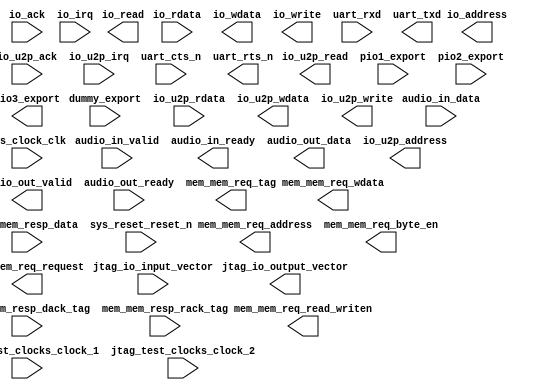
module nios_dut (
	audio_in_data,
	audio_in_valid,
	audio_in_ready,
	audio_out_data,
	audio_out_valid,
	audio_out_ready,
	dummy_export,
	io_ack,
	io_rdata,
	io_read,
	io_wdata,
	io_write,
	io_address,
	io_irq,
	io_u2p_ack,
	io_u2p_rdata,
	io_u2p_read,
	io_u2p_wdata,
	io_u2p_write,
	io_u2p_address,
	io_u2p_irq,
	jtag_io_input_vector,
	jtag_io_output_vector,
	jtag_test_clocks_clock_1,
	jtag_test_clocks_clock_2,
	mem_mem_req_address,
	mem_mem_req_byte_en,
	mem_mem_req_read_writen,
	mem_mem_req_request,
	mem_mem_req_tag,
	mem_mem_req_wdata,
	mem_mem_resp_dack_tag,
	mem_mem_resp_data,
	mem_mem_resp_rack_tag,
	pio1_export,
	pio2_export,
	pio3_export,
	sys_clock_clk,
	sys_reset_reset_n,
	uart_rxd,
	uart_txd,
	uart_cts_n,
	uart_rts_n);	

	input	[31:0]	audio_in_data;
	input		audio_in_valid;
	output		audio_in_ready;
	output	[31:0]	audio_out_data;
	output		audio_out_valid;
	input		audio_out_ready;
	input		dummy_export;
	input		io_ack;
	input	[7:0]	io_rdata;
	output		io_read;
	output	[7:0]	io_wdata;
	output		io_write;
	output	[19:0]	io_address;
	input		io_irq;
	input		io_u2p_ack;
	input	[7:0]	io_u2p_rdata;
	output		io_u2p_read;
	output	[7:0]	io_u2p_wdata;
	output		io_u2p_write;
	output	[19:0]	io_u2p_address;
	input		io_u2p_irq;
	input	[47:0]	jtag_io_input_vector;
	output	[7:0]	jtag_io_output_vector;
	input		jtag_test_clocks_clock_1;
	input		jtag_test_clocks_clock_2;
	output	[25:0]	mem_mem_req_address;
	output	[3:0]	mem_mem_req_byte_en;
	output		mem_mem_req_read_writen;
	output		mem_mem_req_request;
	output	[7:0]	mem_mem_req_tag;
	output	[31:0]	mem_mem_req_wdata;
	input	[7:0]	mem_mem_resp_dack_tag;
	input	[31:0]	mem_mem_resp_data;
	input	[7:0]	mem_mem_resp_rack_tag;
	input	[31:0]	pio1_export;
	input	[19:0]	pio2_export;
	output	[7:0]	pio3_export;
	input		sys_clock_clk;
	input		sys_reset_reset_n;
	input		uart_rxd;
	output		uart_txd;
	input		uart_cts_n;
	output		uart_rts_n;
endmodule